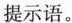
提示语。